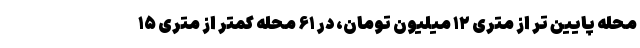
محله پایین تر از متری ۱۲ میلیون تومان، در ۶۱ محله کمتر از متری ۱۵